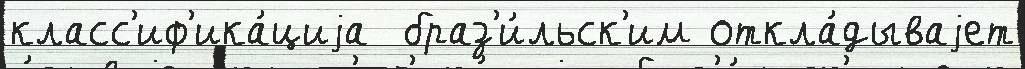
класс'иф'ика́циjа  браз'и́льск'им откла́дываjет